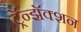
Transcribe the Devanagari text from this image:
ट्रॅन्झॅक्शन